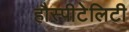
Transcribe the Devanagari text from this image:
हौस्पीटेलिटी